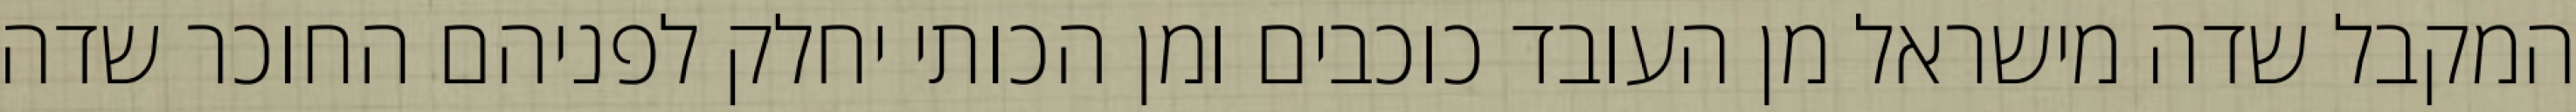
המקבל שדה מישראל מן העובד כוכבים ומן הכותי יחלק לפניהם החוכר שדה